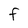
Character: F